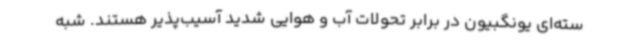
سته‌ای یونگبیون در برابر تحولات آب و هوایی شدید آسیب‌پذیر هستند. شبه